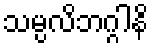
သမ္ပလိဘဂ္ဂါနိ